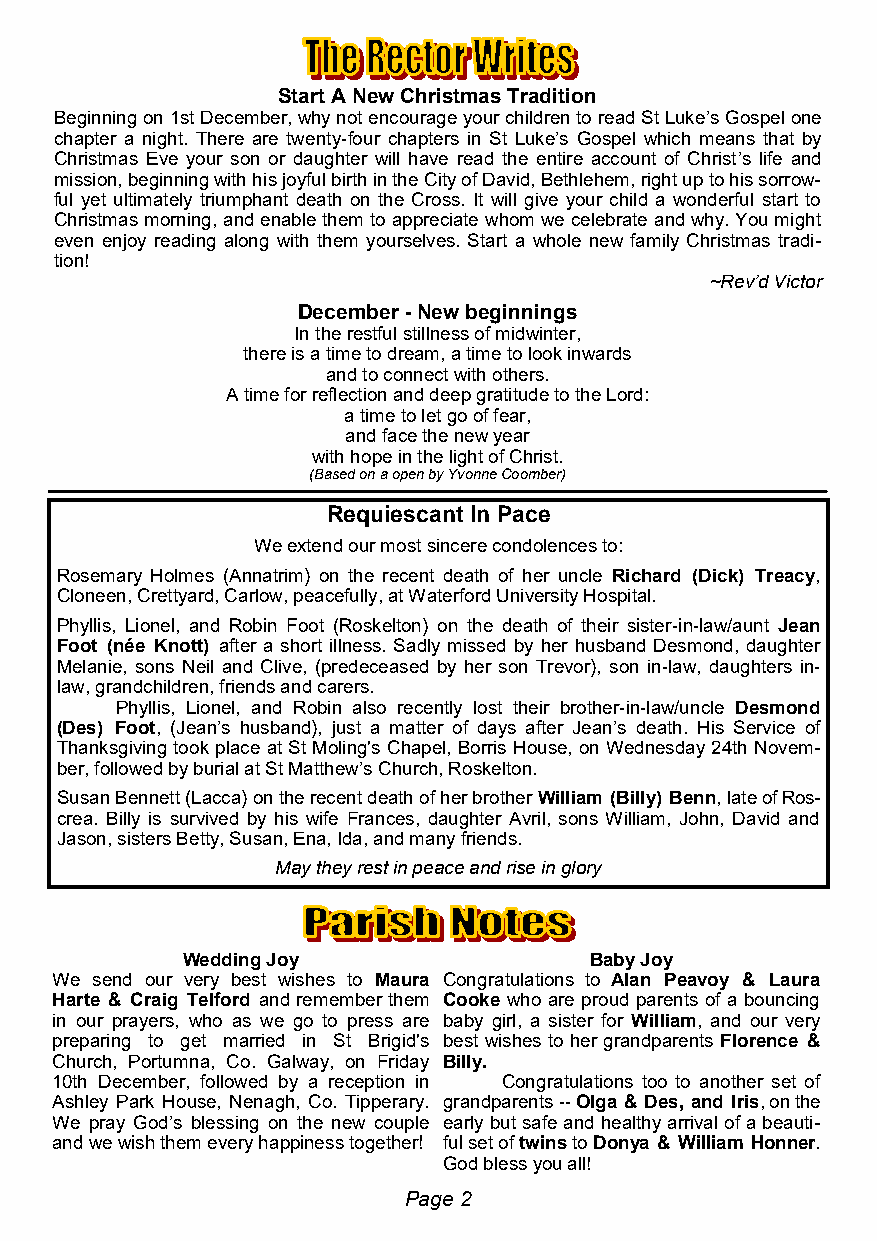
Start A New Christmas Tradition
 Beginning on 1st December, why not encourage your children to read St Luke’s Gospel one
 chapter a night. There are twenty-four chapters in St Luke’s Gospel which means that by
 Christmas Eve your son or daughter will have read the entire account of Christ’s life and
 mission, beginning with his joyful birth in the City of David, Bethlehem, right up to his sorrow-
 ful yet ultimately triumphant death on the Cross. It will give your child a wonderful start to
 Christmas morning, and enable them to appreciate whom we celebrate and why. You might
 even enjoy reading along with them yourselves. Start a whole new family Christmas tradi-
 tion!
 ~Rev’d Victor
 December - New beginnings
 In the restful stillness of midwinter,
 there is a time to dream, a time to look inwards
 and to connect with others.
 A time for reflection and deep gratitude to the Lord:
 a time to let go of fear,
 and face the new year
 with hope in the light of Christ.
 (Based on a open by Yvonne Coomber)
 Requiescant In Pace
 We extend our most sincere condolences to:
 Rosemary Holmes (Annatrim) on the recent death of her uncle Richard (Dick) Treacy,
 Cloneen, Crettyard, Carlow, peacefully, at Waterford University Hospital.
 Phyllis, Lionel, and Robin Foot (Roskelton) on the death of their sister-in-law/aunt Jean
 Foot (née Knott) after a short illness. Sadly missed by her husband Desmond, daughter
 Melanie, sons Neil and Clive, (predeceased by her son Trevor), son in-law, daughters in-
 law, grandchildren, friends and carers.
 Phyllis, Lionel, and Robin also recently lost their brother-in-law/uncle Desmond
 (Des) Foot, (Jean’s husband), just a matter of days after Jean’s death. His Service of
 Thanksgiving took place at St Moling's Chapel, Borris House, on Wednesday 24th Novem-
 ber, followed by burial at St Matthew’s Church, Roskelton.
 Susan Bennett (Lacca) on the recent death of her brother William (Billy) Benn, late of Ros-
 crea. Billy is survived by his wife Frances, daughter Avril, sons William, John, David and
 Jason, sisters Betty, Susan, Ena, Ida, and many friends.
 May they rest in peace and rise in glory
 Wedding Joy                Baby Joy
 We send our very best wishes to Maura Congratulations to Alan Peavoy & Laura
 Harte & Craig Telford and remember them Cooke who are proud parents of a bouncing
 in our prayers, who as we go to press are baby girl, a sister for William, and our very
 preparing to get married in St Brigid's best wishes to her grandparents Florence &
 Church, Portumna, Co. Galway, on Friday Billy.
 10th December, followed by a reception in Congratulations too to another set of
 Ashley Park House, Nenagh, Co. Tipperary. grandparents -- Olga & Des, and Iris, on the
 We pray God’s blessing on the new couple early but safe and healthy arrival of a beauti-
 and we wish them every happiness together! ful set of twins to Donya & William Honner.
 God bless you all!
 Page 2